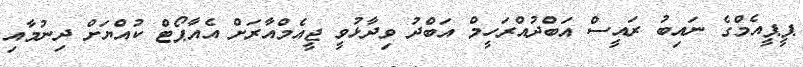
ޕީޕީއެމްގެ ނައިބު ރައީސް އަބްދުއްރަހީމް އަބްދު ވިދާޅުވީ ޖީއެމްއާރަށް އެއާޕޯޓް ކުއްޔަށް ދިނުމާއި